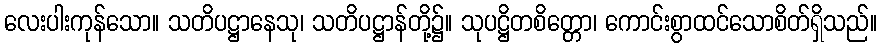
လေးပါးကုန်သော။ သတိပဋ္ဌာနေသု၊ သတိပဋ္ဌာန်တို့၌။ သုပဋ္ဌိတစိတ္တော၊ ကောင်းစွာထင်သောစိတ်ရှိသည်။